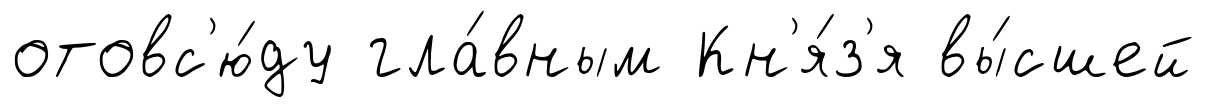
отовс'ю́ду гла́вным Кн'я́з'я вы́сшей